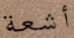
أشعة